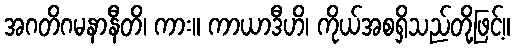
အဂတိဂမနာနီတိ၊ ကား။ ကာယာဒီဟိ၊ ကိုယ်အစရှိသည်တို့ဖြင့်။